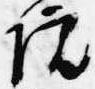
院